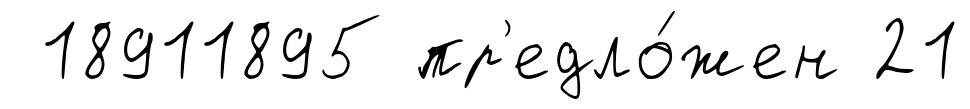
18911895 пр'едло́жен 21